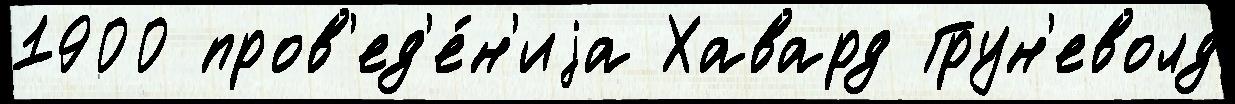
1900 пров'ед'е́н'иjа Хавард Грун'еволд